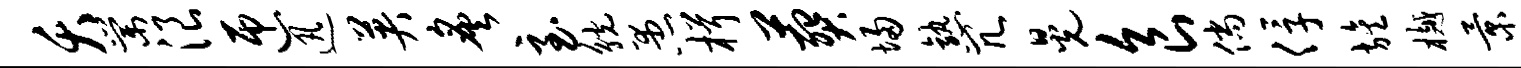
夭棠浪匝迅英炙至觥愚楫葬埽熟冗晃食倘俘旌樾景